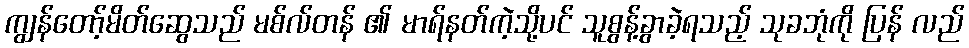
ကျွန်တော့်မိတ်ဆွေသည် မစ်လ်တန် ၏ မာရ်နတ်ကဲ့သို့ပင် သူစွန့်ခွာခဲ့ရသည့် သုခဘုံကို ပြန် လည်